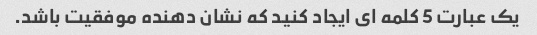
یک عبارت 5 کلمه ای ایجاد کنید که نشان دهنده موفقیت باشد.